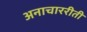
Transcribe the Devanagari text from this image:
अनाचाररीती